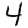
Digit: 4